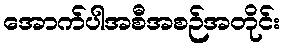
အောက်ပါအစီအစဉ်အတိုင်း